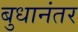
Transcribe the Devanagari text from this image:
बुधानंतर